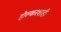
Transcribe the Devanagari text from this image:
होल्करशाही